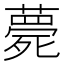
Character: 薨